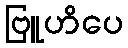
ဗြူဟိပေ